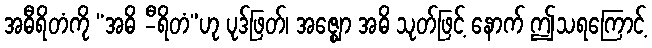
အဓီရိတံကို “အဓိ -ီရိတံ”ဟု ပုဒ်ဖြတ်၊ အဇ္ဈော အဓိ သုတ်ဖြင့် နောက် ဤသရကြောင့်